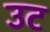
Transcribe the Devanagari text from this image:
उट